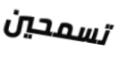
تسمحين